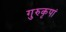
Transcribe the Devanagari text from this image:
गुरुकृपां